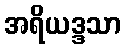
အရိယဒ္ဒသာ